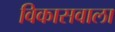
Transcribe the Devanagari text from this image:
विकासवाला